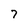
Character: 7